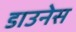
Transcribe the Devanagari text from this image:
डाउनेस